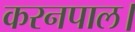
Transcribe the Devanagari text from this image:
करनपाल।